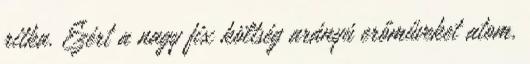
ritka. Ezért a nagy fix költség arányú erőműveket atom,